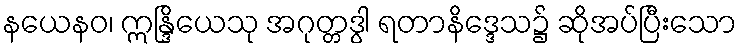
နယေနဝ၊ ဣန္ဒြိယေသု အဂုတ္တဒွါ ရတာနိဒ္ဒေသ၌ ဆိုအပ်ပြီးသော